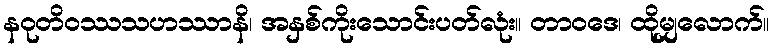
နဝုတိဝဿသဟဿာနိ၊ အနှစ်ကိုးသောင်းပတ်လုံး။ တာဝဒေ၊ ထိုမျှလောက်။